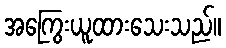
အကြွေးယူထားသေးသည်။